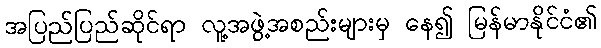
အပြည်ပြည်ဆိုင်ရာ လူ့အဖွဲ့အစည်းများမှ နေ၍ မြန်မာနိုင်ငံ၏